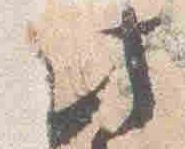
此